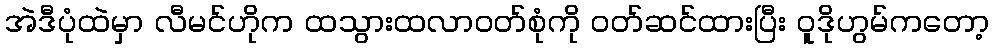
အဲဒီပုံထဲမှာ လီမင်ဟိုက ထသွားထလာဝတ်စုံကို ဝတ်ဆင်ထားပြီး ဝူဒိုဟွမ်ကတော့